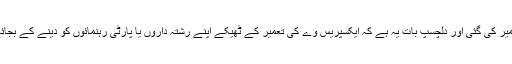
2002سے 2011کے درمیان ترکی میں 13500کلومیٹر طویل ایکسپریس وے تعمیر کی گئی اور دلچسپ بات یہ ہے کہ ایکسپریس وے کی تعمیر کے ٹھیکے اپنے رشتہ داروں یا پارٹی رہنمائوں کو دینے کے بجائے کے میرٹ پر بین الاقوامی سطح پر اچھی شہرت کے حامل اداروں کو دئے گئے۔